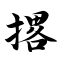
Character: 撂